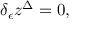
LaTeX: \delta _ { \epsilon } z ^ { \Delta } = 0 ,